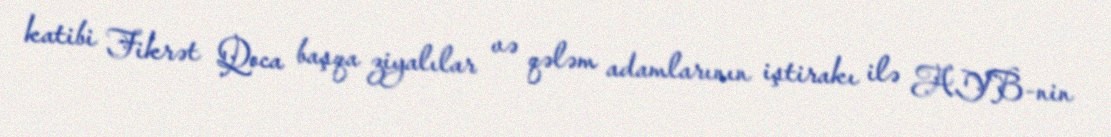
katibi Fikrət Qoca başqa ziyalılar və qələm adamlarının iştirakı ilə AYB-nin